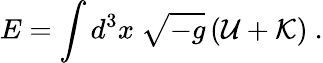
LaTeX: E=\int d^{3}x\ \sqrt{-g}\left({\cal U}+{\cal K}\right)\ .